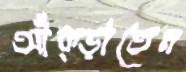
আঁক্‌ড়াতেন